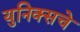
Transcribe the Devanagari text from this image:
युनिक्सचे